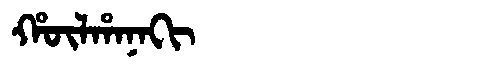
Manchu: ᡥᡡᠯᡥᠠᠨᠠᡴᡳ
Romanization: HŪLHANAKI